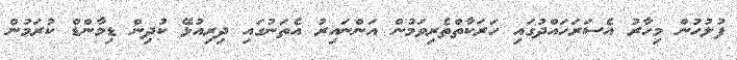
ފުލުހުން މިހާރު އެސަރަހައްދުގައި ހަރަކާތްތެރިވަމުން އަންނައިރު އެތަނުގައި ދިރިއުޅޭ ކުދިން ޑިމާންޑް ކުރަމުން